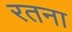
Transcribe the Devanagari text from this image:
रतना